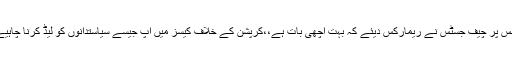
جس پر چیف جسٹس نے ریمارکس دیئے کہ بہت اچھی بات ہے،،کرپشن کے خلاف کیسز میں آپ جیسے سیاستدانوں کو لیڈ کرنا چاہیے۔